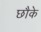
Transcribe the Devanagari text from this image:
छौके